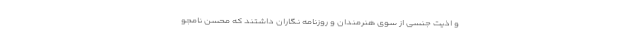
و اذیت جنسی از سوی هنرمندان و روزنامه نگاران داشتند که محسن نامجو